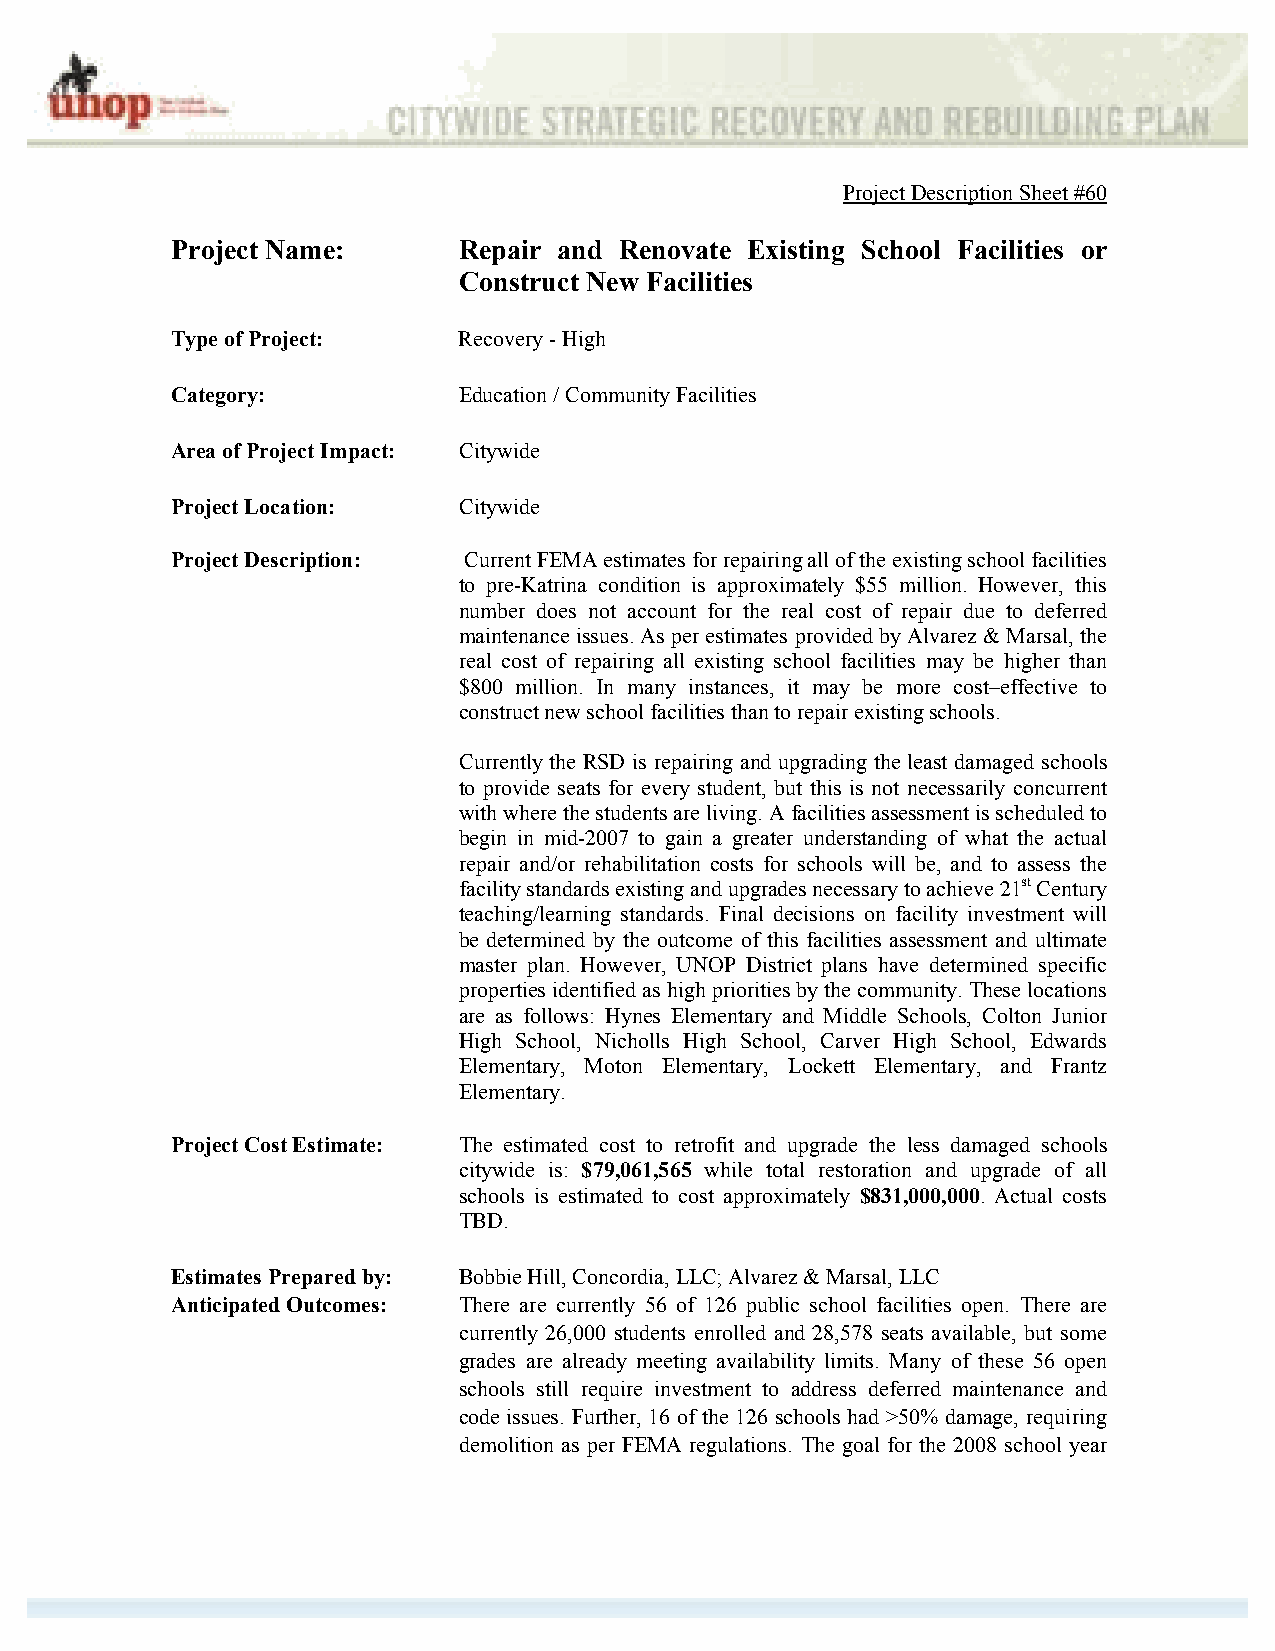
Project Description Sheet #60
 Project Name:      Repair and Renovate Existing School Facilities or
 Construct New Facilities
 Type of Project:   Recovery - High
 Category:          Education / Community Facilities
 Area of Project Impact: Citywide
 Project Location:  Citywide
 Project Description: Current FEMA estimates for repairing all of the existing school facilities
 to pre-Katrina condition is approximately $55 million. However, this
 number does not account for the real cost of repair due to deferred
 maintenance issues. As per estimates provided by Alvarez & Marsal, the
 real cost of repairing all existing school facilities may be higher than
 $800 million. In many instances, it may be more cost–effective to
 construct new school facilities than to repair existing schools.
 Currently the RSD is repairing and upgrading the least damaged schools
 to provide seats for every student, but this is not necessarily concurrent
 with where the students are living. A facilities assessment is scheduled to
 begin in mid-2007 to gain a greater understanding of what the actual
 repair and/or rehabilitation costs for schools will be, and to assess the
 facility standards existing and upgrades necessary to achieve 21st Century
 teaching/learning standards. Final decisions on facility investment will
 be determined by the outcome of this facilities assessment and ultimate
 master plan. However, UNOP District plans have determined specific
 properties identified as high priorities by the community. These locations
 are as follows: Hynes Elementary and Middle Schools, Colton Junior
 High School, Nicholls High School, Carver High School, Edwards
 Elementary, Moton Elementary, Lockett Elementary, and Frantz
 Elementary.
 Project Cost Estimate: The estimated cost to retrofit and upgrade the less damaged schools
 citywide is: $79,061,565 while total restoration and upgrade of all
 schools is estimated to cost approximately $831,000,000. Actual costs
 TBD.
 Estimates Prepared by: Bobbie Hill, Concordia, LLC; Alvarez & Marsal, LLC
 Anticipated Outcomes: There are currently 56 of 126 public school facilities open. There are
 currently 26,000 students enrolled and 28,578 seats available, but some
 grades are already meeting availability limits. Many of these 56 open
 schools still require investment to address deferred maintenance and
 code issues. Further, 16 of the 126 schools had >50% damage, requiring
 demolition as per FEMA regulations. The goal for the 2008 school year